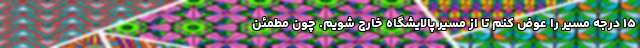
۱۵ درجه مسیر را عوض کنم تا از مسیر پالایشگاه خارج شویم. چون مطمئن